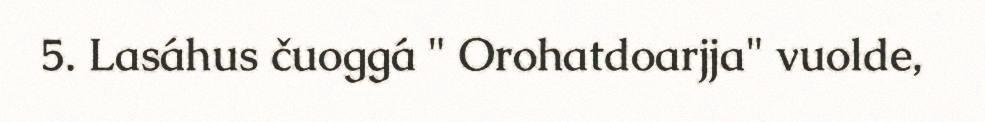
5. Lasáhus čuoggá " Orohatdoarjja" vuolde,